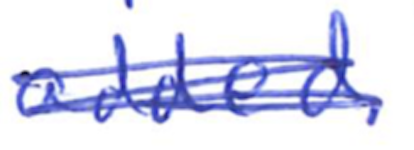
Text: added.
Cross-out: scratch
Writing tool: ballpoint